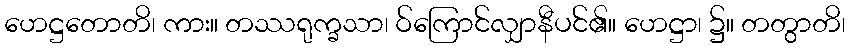
ဟေဋ္ဌတောတိ၊ ကား။ တဿရုက္ခသာ၊ ဝ်ကြောင်လျှာနီပင်၏။ ဟေဋ္ဌာ၊ ၌။ တတွာတိ၊